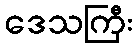
ဒေသကြီး